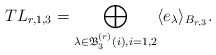
\begin{align*} TL_{r,1,3}=\bigoplus_{\lambda\in \mathfrak{B}_3^{(r)}(i),i=1,2}\langle e_{\lambda} \rangle_{B_{r,3}}. \end{align*}